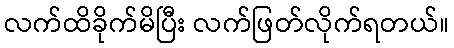
လက်ထိခိုက်မိပြီး လက်ဖြတ်လိုက်ရတယ်။